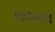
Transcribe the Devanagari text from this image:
स्च्वालबाख